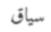
سياق